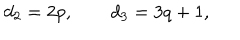
LaTeX: d _ { 2 } = 2 p , \qquad d _ { 3 } = 3 q + 1 ,